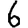
Digit: 6